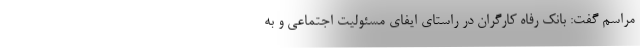
مراسم گفت: بانک رفاه کارگران در راستای ایفای مسئولیت اجتماعی و به